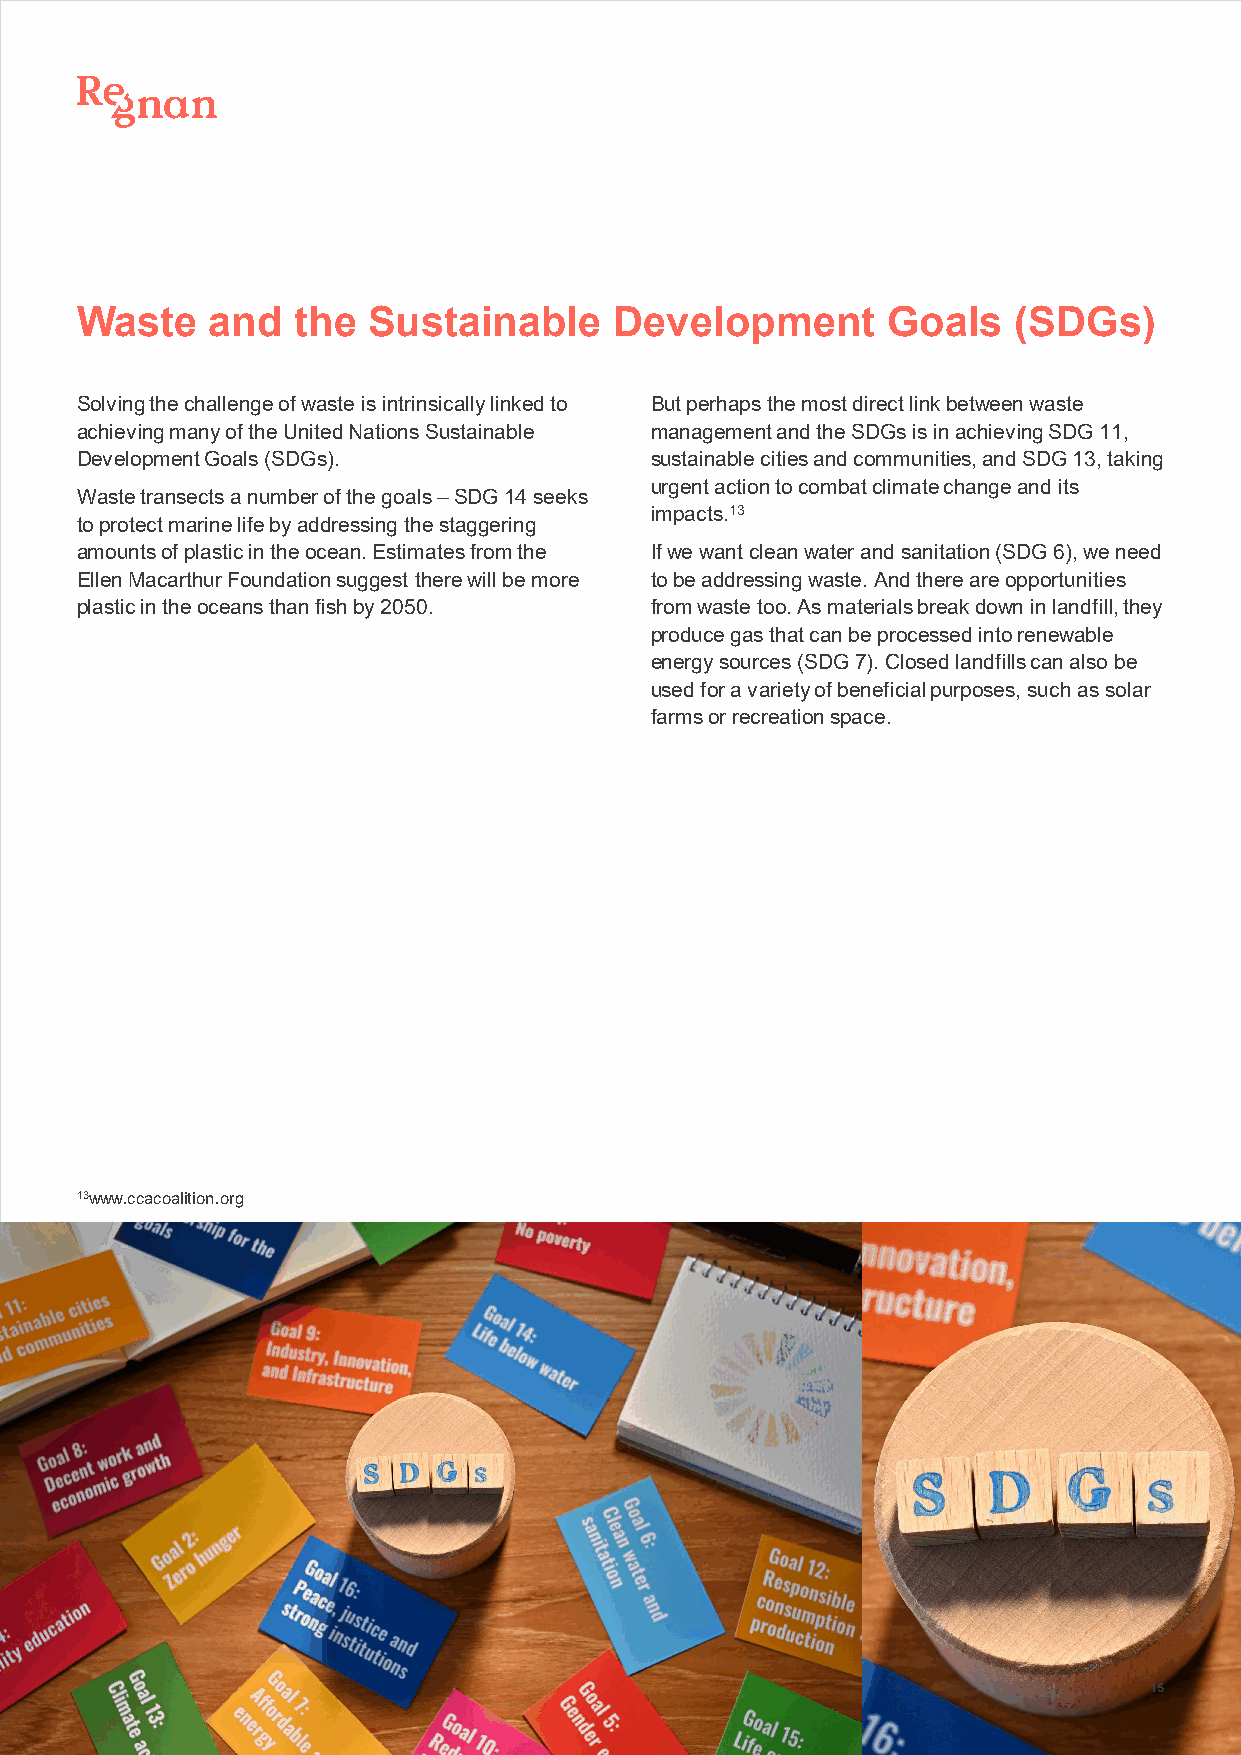
Waste    and   the Sustainable      Development       Goals   (SDGs)
 Solving the challenge of waste is intrinsically linked to But perhaps the most direct link between waste
 achieving many of the United Nations Sustainable management and the SDGs is in achieving SDG 11,
 Development Goals (SDGs).             sustainable cities and communities, and SDG 13, taking
 urgent action to combat climate change and its
 Waste transects a number of the goals –SDG 14 seeks
 impacts.13
 to protect marine life by addressing the staggering
 amounts of plastic in the ocean. Estimates from the If we want clean water and sanitation (SDG 6), we need
 Ellen Macarthur Foundation suggest there will be more to be addressing waste. And there are opportunities
 plastic in the oceans than fish by 2050. from waste too. As materials break down in landfill, they
 produce gas that can be processed into renewable
 energy sources (SDG 7). Closed landfills can also be
 used for a variety of beneficial purposes, such as solar
 farms or recreation space.
 13www.ccacoalition.org
 15